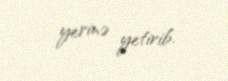
yerinə yetirib.